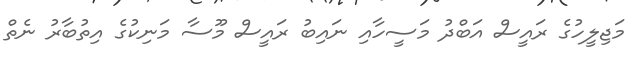
މަޖިލީހުގެ ރައީސް އަބްދު މަސީހާއި ނައިބު ރައީސް މޫސާ މަނިކުގެ އިތުބާރު ނެތް